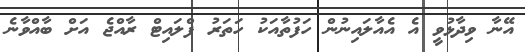
އޭނާ ވިދާޅުވީ އެ އެއާލައިނުން ހަފުތާއަކު ހަތަރު ފްލައިޓް ރާއްޖެ އަށް ބާއްވާނެ